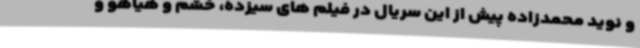
و نوید محمدزاده پیش از این سریال در فیلم های سیزده، خشم و هیاهو و